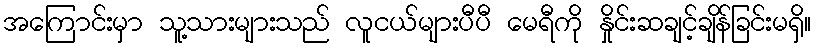
အကြောင်းမှာ သူ့သားများသည် လူငယ်များပီပီ မေရီကို နှိုင်းဆချင့်ချိန်ခြင်းမရှိ။